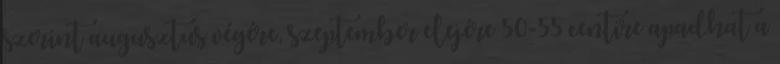
szerint augusztus végére, szeptember elejére 50-55 centire apadhat a